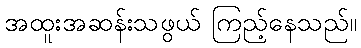
အထူးအဆန်းသဖွယ် ကြည့်နေသည်။